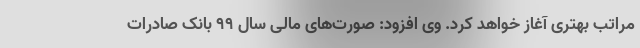
مراتب بهتری آغاز خواهد کرد. وی افزود: صورت‌های مالی سال ٩٩ بانک صادرات